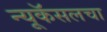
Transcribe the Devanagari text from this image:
न्यूकॅसलचा